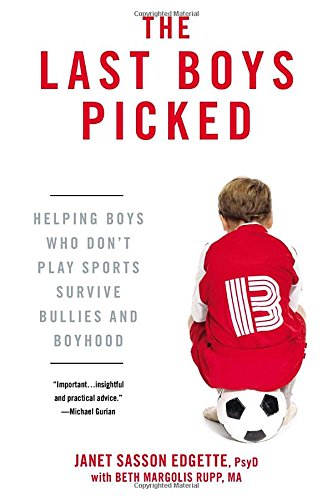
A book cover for The Last Boys Picked: Helping Boys Who Don't Play Sports Survive Bullies and Boyhood; Janet Sasson Edgette; Sports & Outdoors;